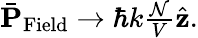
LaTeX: \begin{array}{r}{\bar{\mathbf P}_{\mathrm{Field}}\rightarrow\hbar k\frac{\mathcal N}{V}\hat{\mathbf z}.}\end{array}